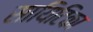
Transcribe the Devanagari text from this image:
सायिटिका